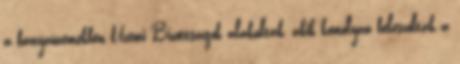
a bányaüzemekben Üzemi Bizottságok alakultak, akik komolyan beleszóltak a